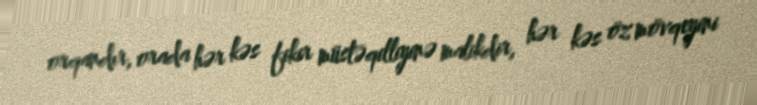
orqandır, orada hər kəs fikir müstəqilliyinə malikdir, hər kəs öz mövqeyini